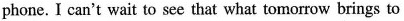
phone.I can't wait to see that what tomorrow brings to